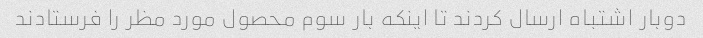
دوبار اشتباه ارسال کردند تا اینکه بار سوم محصول مورد مظر را فرستادند